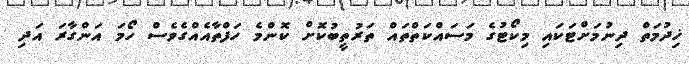
ޚިދުމަތް ދިނުމަށްޓަކައި މިކޯޓުގެ މަސައްކަތްތައް ތަރުތީބުކޮށް ކޮންމެ ހަފްތާއެއްގެވެސް ހޯމަ އަންގާރަ އަދި